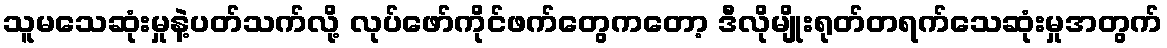
သူမသေဆုံးမှုနဲ့ပတ်သက်လို့ လုပ်ဖော်ကိုင်ဖက်တွေကတော့ ဒီလိုမျိုးရုတ်တရက်သေဆုံးမှုအတွက်